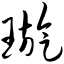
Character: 璇